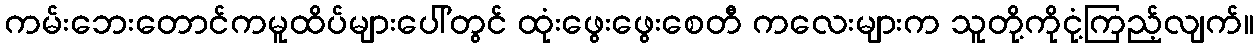
ကမ်းဘေးတောင်ကမူထိပ်များပေါ်တွင် ထုံးဖွေးဖွေးစေတီ ကလေးများက သူတို့ကိုငုံ့ကြည့်လျက်။